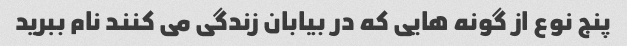
پنج نوع از گونه هایی که در بیابان زندگی می کنند نام ببرید